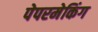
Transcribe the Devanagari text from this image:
पेपरमेकिंग